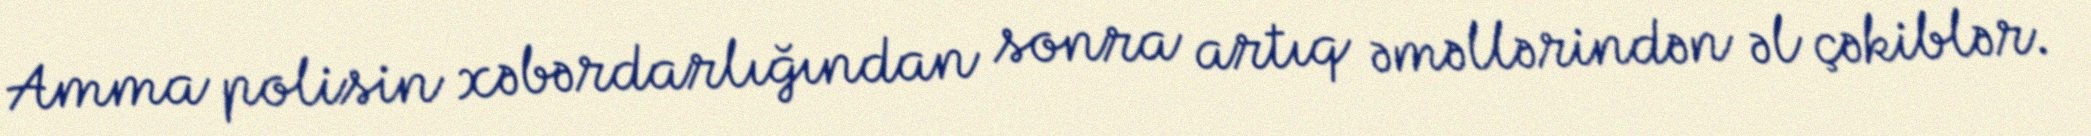
Amma polisin xəbərdarlığından sonra artıq əməllərindən əl çəkiblər.